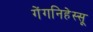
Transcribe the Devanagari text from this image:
गेंगनिहेस्सू